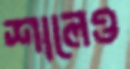
শালেও